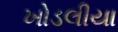
ખોડલીયા